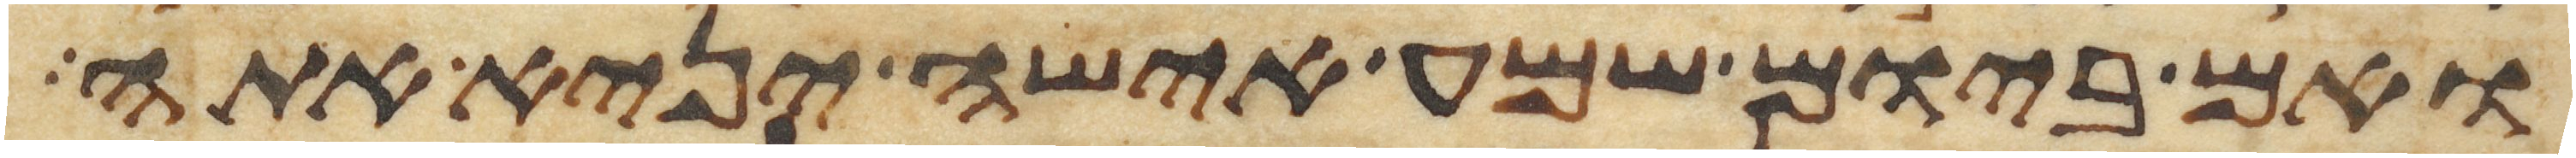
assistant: ואם ביום שמע אישה יניא אתה